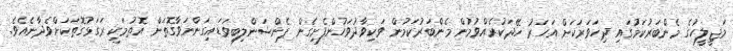
މަޖީލީހުގެ މެންބަރުކަމުގައި ދިހަވަރަކަށް އަހަރު ހޭދަކުރެއްވުމުން މެންބަރުކަމުން ވަކިވާދުވަހުންފެށިގެން ޕެންޝަންލިބިވަޑައިގަންނަވާގޮތަށް އޮތުމަކީ ރަގަޅުގޮތަކަށްވެދާނެއެވެ.